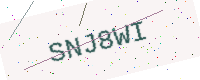
Text: SNJ8WI